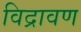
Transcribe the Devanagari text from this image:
विद्रावण